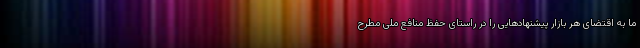
ما به اقتضای هر بازار پیشنهادهایی را در راستای حفظ منافع ملی مطرح